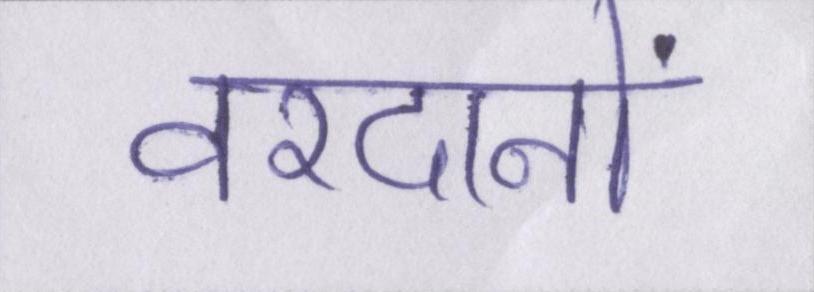
वरदानों